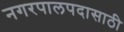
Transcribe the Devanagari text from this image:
नगरपालपदासाठी